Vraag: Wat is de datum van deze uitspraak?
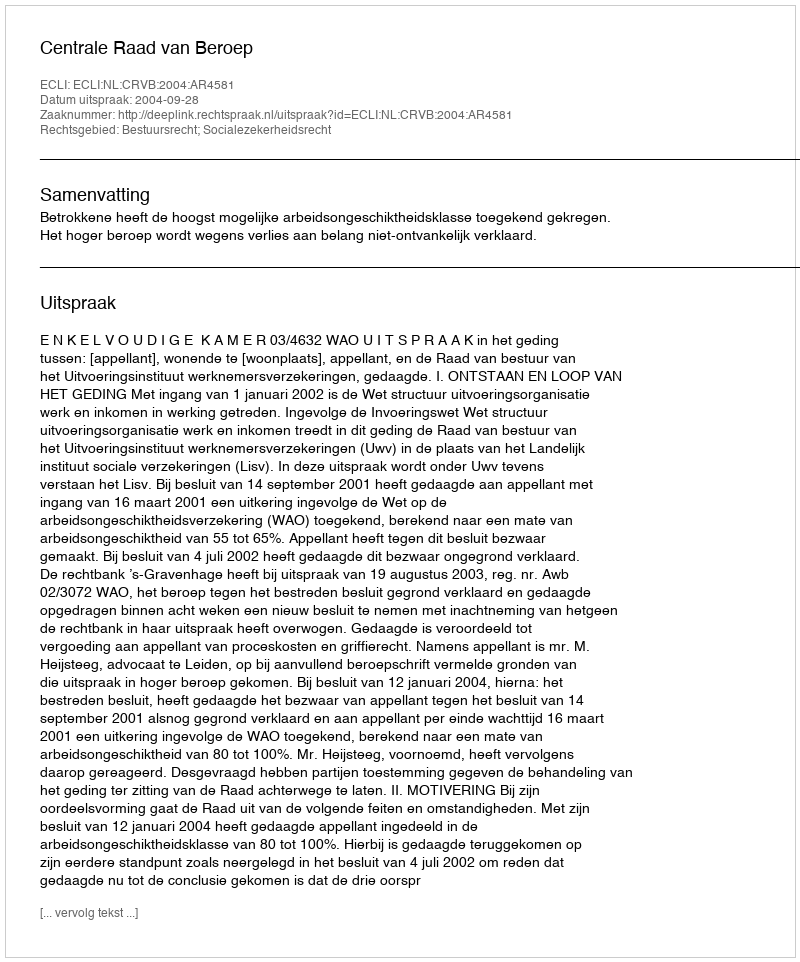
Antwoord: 2004-09-28